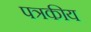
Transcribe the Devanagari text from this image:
पत्रकीय